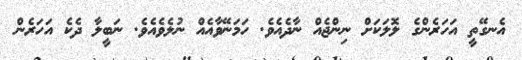
އެނގޭތީ އަހަރެންގެ ލޮލަކަށް ނިންޖެއް ނާދެއެވެ. ހަމަނޭވާއެއް ނުލެވެއެވެ. ނަބީލާ ދެކެ އަހަރެން